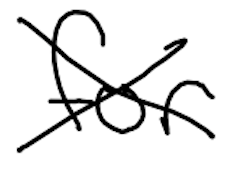
Text: for
Cross-out: cross
Writing tool: digital_black